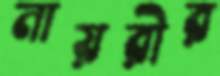
নায়রীর